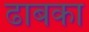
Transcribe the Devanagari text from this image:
ढाबका